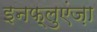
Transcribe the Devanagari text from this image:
इनफ़्लुएंज़ा